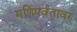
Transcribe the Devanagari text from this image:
मणिपर्वतावर